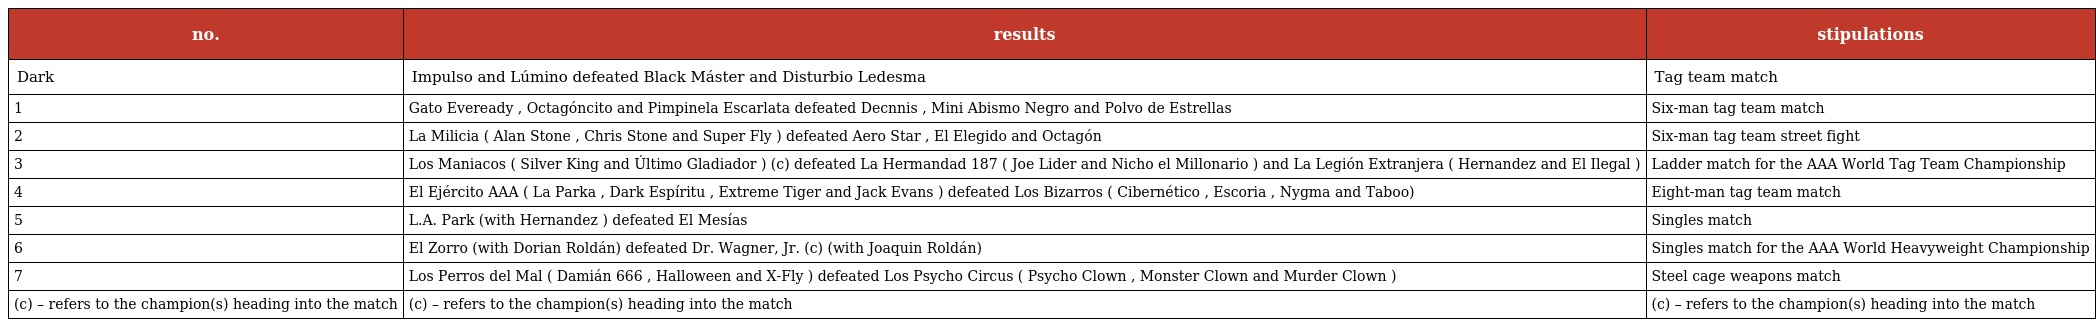
| no. | results | stipulations |
 | --- | --- | --- |
 | Dark | Impulso and Lúmino defeated Black Máster and Disturbio Ledesma | Tag team match |
 | 1 | Gato Eveready , Octagóncito and Pimpinela Escarlata defeated Decnnis , Mini Abismo Negro and Polvo de Estrellas | Six-man tag team match |
 | 2 | La Milicia ( Alan Stone , Chris Stone and Super Fly ) defeated Aero Star , El Elegido and Octagón | Six-man tag team street fight |
 | 3 | Los Maniacos ( Silver King and Último Gladiador ) (c) defeated La Hermandad 187 ( Joe Lider and Nicho el Millonario ) and La Legión Extranjera ( Hernandez and El Ilegal ) | Ladder match for the AAA World Tag Team Championship |
 | 4 | El Ejército AAA ( La Parka , Dark Espíritu , Extreme Tiger and Jack Evans ) defeated Los Bizarros ( Cibernético , Escoria , Nygma and Taboo) | Eight-man tag team match |
 | 5 | L.A. Park (with Hernandez ) defeated El Mesías | Singles match |
 | 6 | El Zorro (with Dorian Roldán) defeated Dr. Wagner, Jr. (c) (with Joaquin Roldán) | Singles match for the AAA World Heavyweight Championship |
 | 7 | Los Perros del Mal ( Damián 666 , Halloween and X-Fly ) defeated Los Psycho Circus ( Psycho Clown , Monster Clown and Murder Clown ) | Steel cage weapons match |
 | (c) – refers to the champion(s) heading into the match | (c) – refers to the champion(s) heading into the match | (c) – refers to the champion(s) heading into the match |